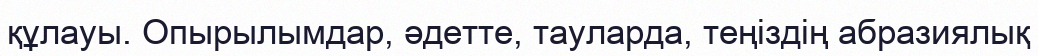
құлауы. Опырылымдар, әдетте, тауларда, теңіздің абразиялық